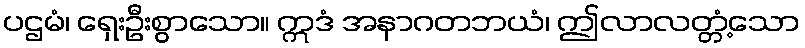
ပဌမံ၊ ရှေးဦးစွာသော။ ဣဒံ အနာဂတဘယံ၊ ဤလာလတ္တံ့သော